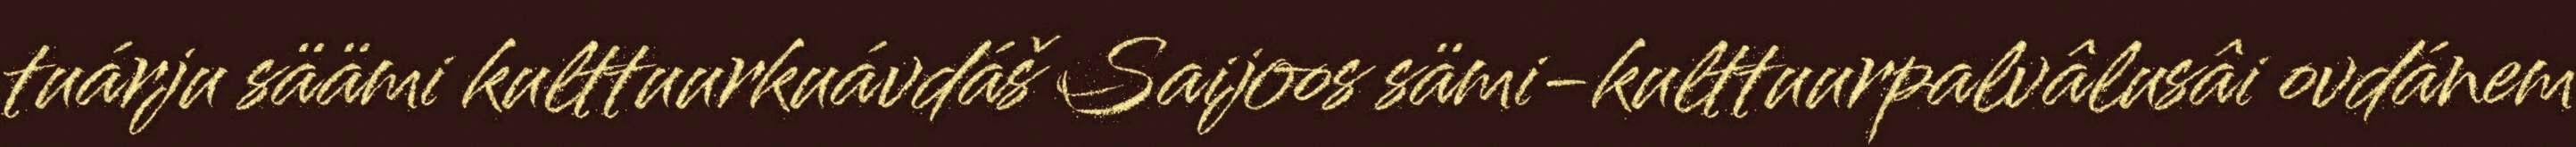
tuárju säämi kulttuurkuávdáš Saijoos sämi-kulttuurpalvâlusâi ovdánem